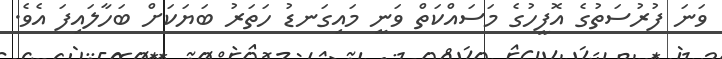
ވަނަ ފުރުސަތުގެ އޮފީހުގެ މަސައްކަތް ވަނީ މައިގަނޑު ހަތަރު ބަޔަކަށް ބަހާލައިފަ އެވެ.